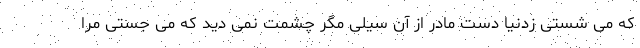
که می شستی زدنیا دست مادر از آن سیلی مگر چشمت نمی دید که می جستی مرا